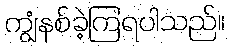
ကျွံနစ်ခဲ့ကြရပါသည်။